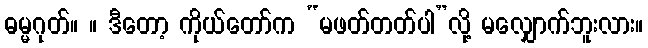
ဓမ္မဂုတ်။ ။ ဒီတော့ ကိုယ်တော်က “မဖတ်တတ်ပါ”လို့ မလျှောက်ဘူးလား။